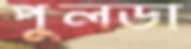
পুলডা